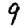
Digit: 9